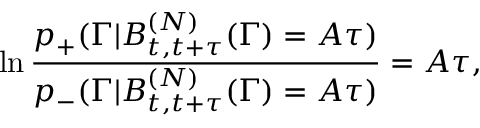
\ln \frac { p _ { + } ( \Gamma | B _ { t , t + \tau } ^ { ( N ) } ( \Gamma ) = A \tau ) } { p _ { - } ( \Gamma | B _ { t , t + \tau } ^ { ( N ) } ( \Gamma ) = A \tau ) } = A \tau ,